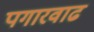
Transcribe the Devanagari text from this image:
पगारवाढ